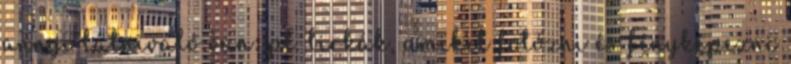
annyi látnivaló van: pl. birkák, amiket fotózni és fényképezni